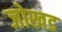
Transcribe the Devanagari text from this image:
जोखड